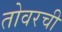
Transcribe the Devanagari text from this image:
तोवरची